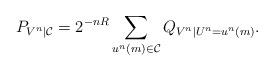
LaTeX: \begin{align*} P_{V^n|{\cal C}} &= 2^{-nR} \sum_{u^n(m) \in {\cal C}} Q_{V^n|U^n=u^n(m)}.\end{align*}